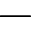
-